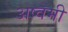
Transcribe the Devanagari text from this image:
अष्वमी